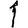
Digit: 1